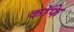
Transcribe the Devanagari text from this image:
कॉफे